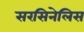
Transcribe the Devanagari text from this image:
सरसिनेलिस